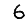
Digit: 6